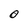
Character: O